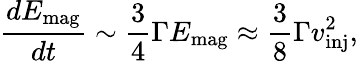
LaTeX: \frac{dE_{\textrm{mag}}}{dt}\sim\frac{3}{4}\Gamma E_{\textrm{mag}}\approx\frac{3}{8}\Gamma v_{\textrm{inj}}^{2},